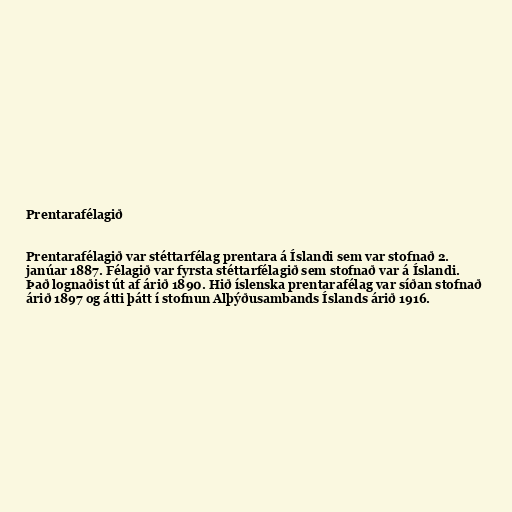
Prentarafélagið

Prentarafélagið var stéttarfélag prentara á Íslandi sem var stofnað 2.
janúar 1887. Félagið var fyrsta stéttarfélagið sem stofnað var á Íslandi.
Það lognaðist út af árið 1890. Hið íslenska prentarafélag var síðan stofnað
árið 1897 og átti þátt í stofnun Alþýðusambands Íslands árið 1916.